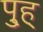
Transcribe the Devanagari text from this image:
पु्ह्